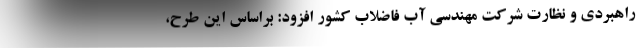
راهبردی و نظارت شرکت مهندسی آب فاضلاب کشور افزود: براساس این طرح،